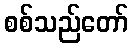
စစ်သည်တော်